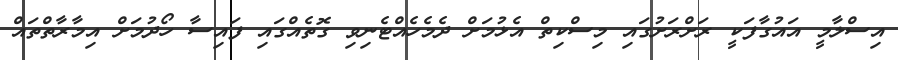
އިސްލާމީ އައުގާފަކީ ރަށްރަށުގައި މިސްކިތް އެޅުމަށް ދެމެހެއްޓެނިވި ގޮތެއްގައި ފައިސާ ހޯދުމަށް އިމާރާތްތައް